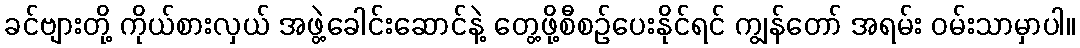
ခင်ဗျားတို့ ကိုယ်စားလှယ် အဖွဲ့ခေါင်းဆောင်နဲ့ တွေ့ဖို့စီစဉ်ပေးနိုင်ရင် ကျွန်တော် အရမ်း ဝမ်းသာမှာပါ။